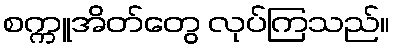
စက္ကူအိတ်တွေ လုပ်ကြသည်။